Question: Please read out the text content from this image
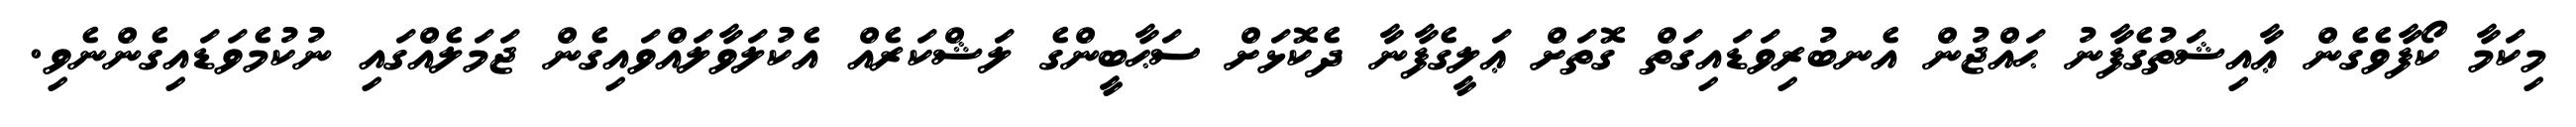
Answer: މިކަމާ ކޯފާވެގެން ޢާއިޝަތުގެފާނު ޙައްޖުން އެނބުރިވަޑައިގަތް ގޮތަށް ޢަލީގެފާނާ ދެކޮޅަށް ސަޙާބީންގެ ލަޝްކަރެއް އެކުލަވާލައްވައިގެން ޖަމަލެއްގައި ނުކުމެވަޑައިގެންނެވި.